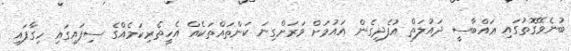
ބުނެވޭގޮތުގައި ޢައްބާސީ ދައުލަތް އުފެދިގެން އައުމަށް ވަރަށްގިނަ ކަންތައްތަކެއް އެހީތެރިކަމެއްގެ ސިފައިގައި ހިގާފައި